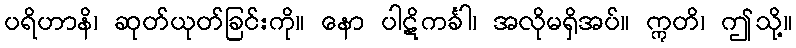
ပရိဟာနိ၊ ဆုတ်ယုတ်ခြင်းကို။ နော ပါဋိကင်္ခါ၊ အလိုမရှိအပ်။ ဣတိ၊ ဤသို့။